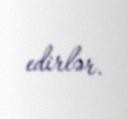
edirlər.